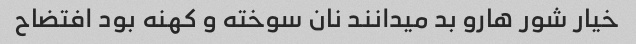
خیار شور هارو بد میدانند نان سوخته و کهنه بود افتضاح